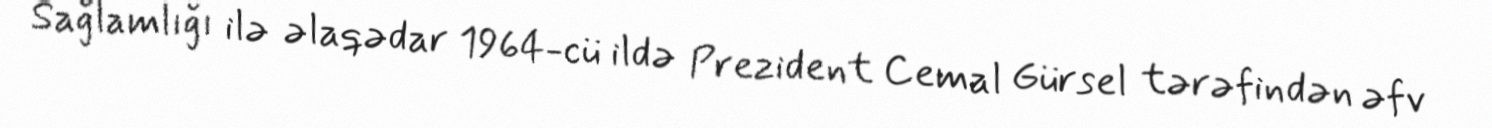
Sağlamlığı ilə əlaqədar 1964-cü ildə Prezident Cemal Gürsel tərəfindən əfv